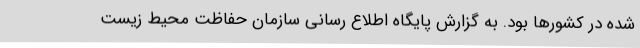
شده در کشورها بود. به گزارش پایگاه اطلاع رسانی سازمان حفاظت محیط زیست